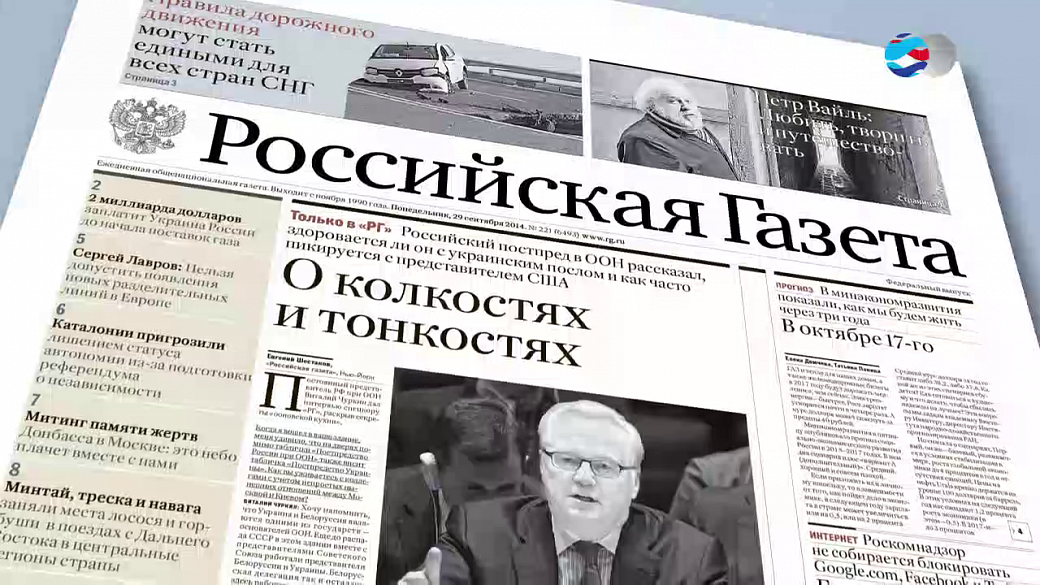
Language: ru